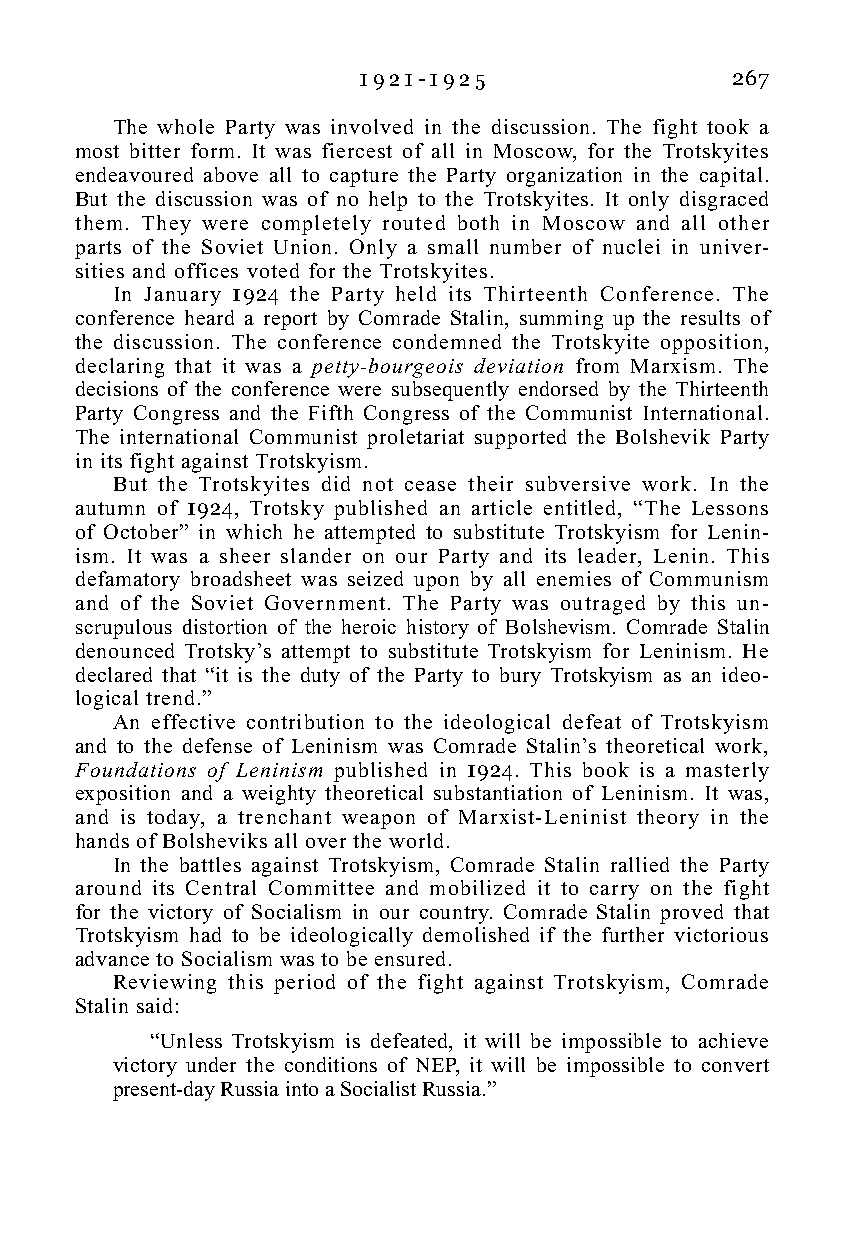
1 9 2 1 - 1 9 2 5       267
 The whole Party was involved in the discussion. The fight took a
 most bitter form. It was fiercest of all in Moscow, for the Trotskyites
 endeavoured above all to capture the Party organization in the capital.
 But the discussion was of no help to the Trotskyites. It only disgraced
 them. They were completely routed both in Moscow and all other
 parts of the Soviet Union. Only a small number of nuclei in univer-
 sities and offices voted for the Trotskyites.
 In January 1924 the Party held its Thirteenth Conference. The
 conference heard a report by Comrade Stalin, summing up the results of
 the discussion. The conference condemned the Trotskyite opposition,
 declaring that it was a petty-bourgeois deviation from Marxism. The
 decisions of the conference were subsequently endorsed by the Thirteenth
 Party Congress and the Fifth Congress of the Communist International.
 The international Communist proletariat supported the Bolshevik Party
 in its fight against Trotskyism.
 But the Trotskyites did not cease their subversive work. In the
 autumn of 1924, Trotsky published an article entitled, “The Lessons
 of October” in which he attempted to substitute Trotskyism for Lenin-
 ism. It was a sheer slander on our Party and its leader, Lenin. This
 defamatory broadsheet was seized upon by all enemies of Communism
 and of the Soviet Government. The Party was outraged by this un-
 scrupulous distortion of the heroic history of Bolshevism. Comrade Stalin
 denounced Trotsky’s attempt to substitute Trotskyism for Leninism. He
 declared that “it is the duty of the Party to bury Trotskyism as an ideo-
 logical trend.”
 An effective contribution to the ideological defeat of Trotskyism
 and to the defense of Leninism was Comrade Stalin’s theoretical work,
 Foundations of Leninism published in 1924. This book is a masterly
 exposition and a weighty theoretical substantiation of Leninism. It was,
 and is today, a trenchant weapon of Marxist-Leninist theory in the
 hands of Bolsheviks all over the world.
 In the battles against Trotskyism, Comrade Stalin rallied the Party
 around its Central Committee and mobilized it to carry on the fight
 for the victory of Socialism in our country. Comrade Stalin proved that
 Trotskyism had to be ideologically demolished if the further victorious
 advance to Socialism was to be ensured.
 Reviewing this period of the fight against Trotskyism, Comrade
 Stalin said:
 “Unless Trotskyism is defeated, it will be impossible to achieve
 victory under the conditions of NEP, it will be impossible to convert
 present-day Russia into a Socialist Russia.”